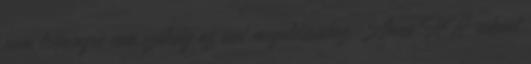
nem tréningre van szükség az eset megoldásához. Anno HR-esként